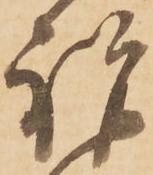
祝